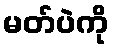
မတ်ပဲကို